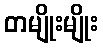
တမျိုးမျိုး